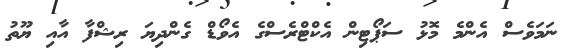
ނަމަވެސް އެންމެ މޮޅު ސަޕޯޓިން އެކްޓްރެސްގެ އެވޯޑް ގެންދިޔަ ރިޝްފާ އާއި ޔޫތު